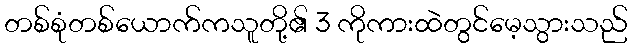
တစ်စုံတစ်ယောက်ကသူတို့၏ 3 ကိုကားထဲတွင်မေ့သွားသည်